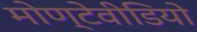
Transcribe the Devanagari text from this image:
मोण्टेवीडियो